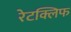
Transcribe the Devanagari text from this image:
रेटक्लिफ